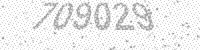
Solution: 709029